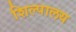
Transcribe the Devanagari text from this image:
शिल्पालय